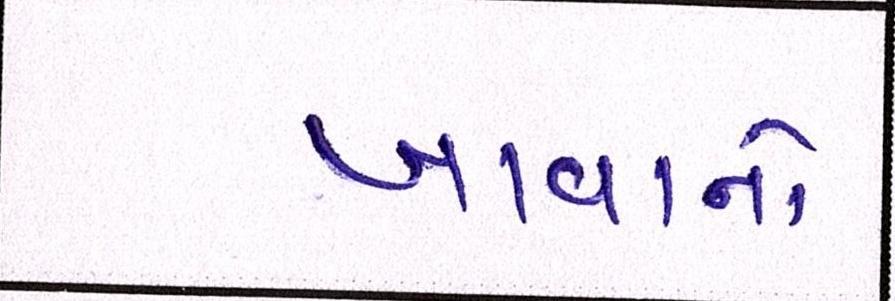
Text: ખાવાનો